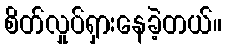
စိတ်လှုပ်ရှားနေခဲ့တယ်။